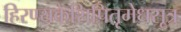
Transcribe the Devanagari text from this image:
हिरण्यकेशिपितृमेधसूत्र